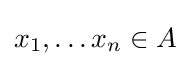
x_{1},\dots x_{n}\in A